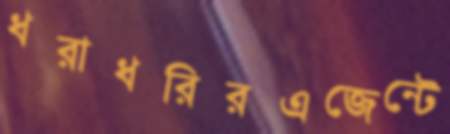
ধরাধরিরএজেন্টে